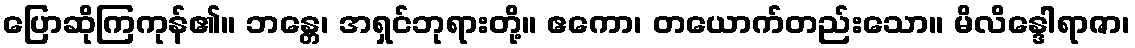
ပြောဆိုကြကုန်၏။ ဘန္တေ၊ အရှင်ဘုရားတို့။ ဧကော၊ တယောက်တည်းသော။ မိလိန္ဒေါရာဇာ၊